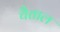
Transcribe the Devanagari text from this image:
चैताल